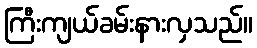
ကြီးကျယ်ခမ်းနားလှသည်။